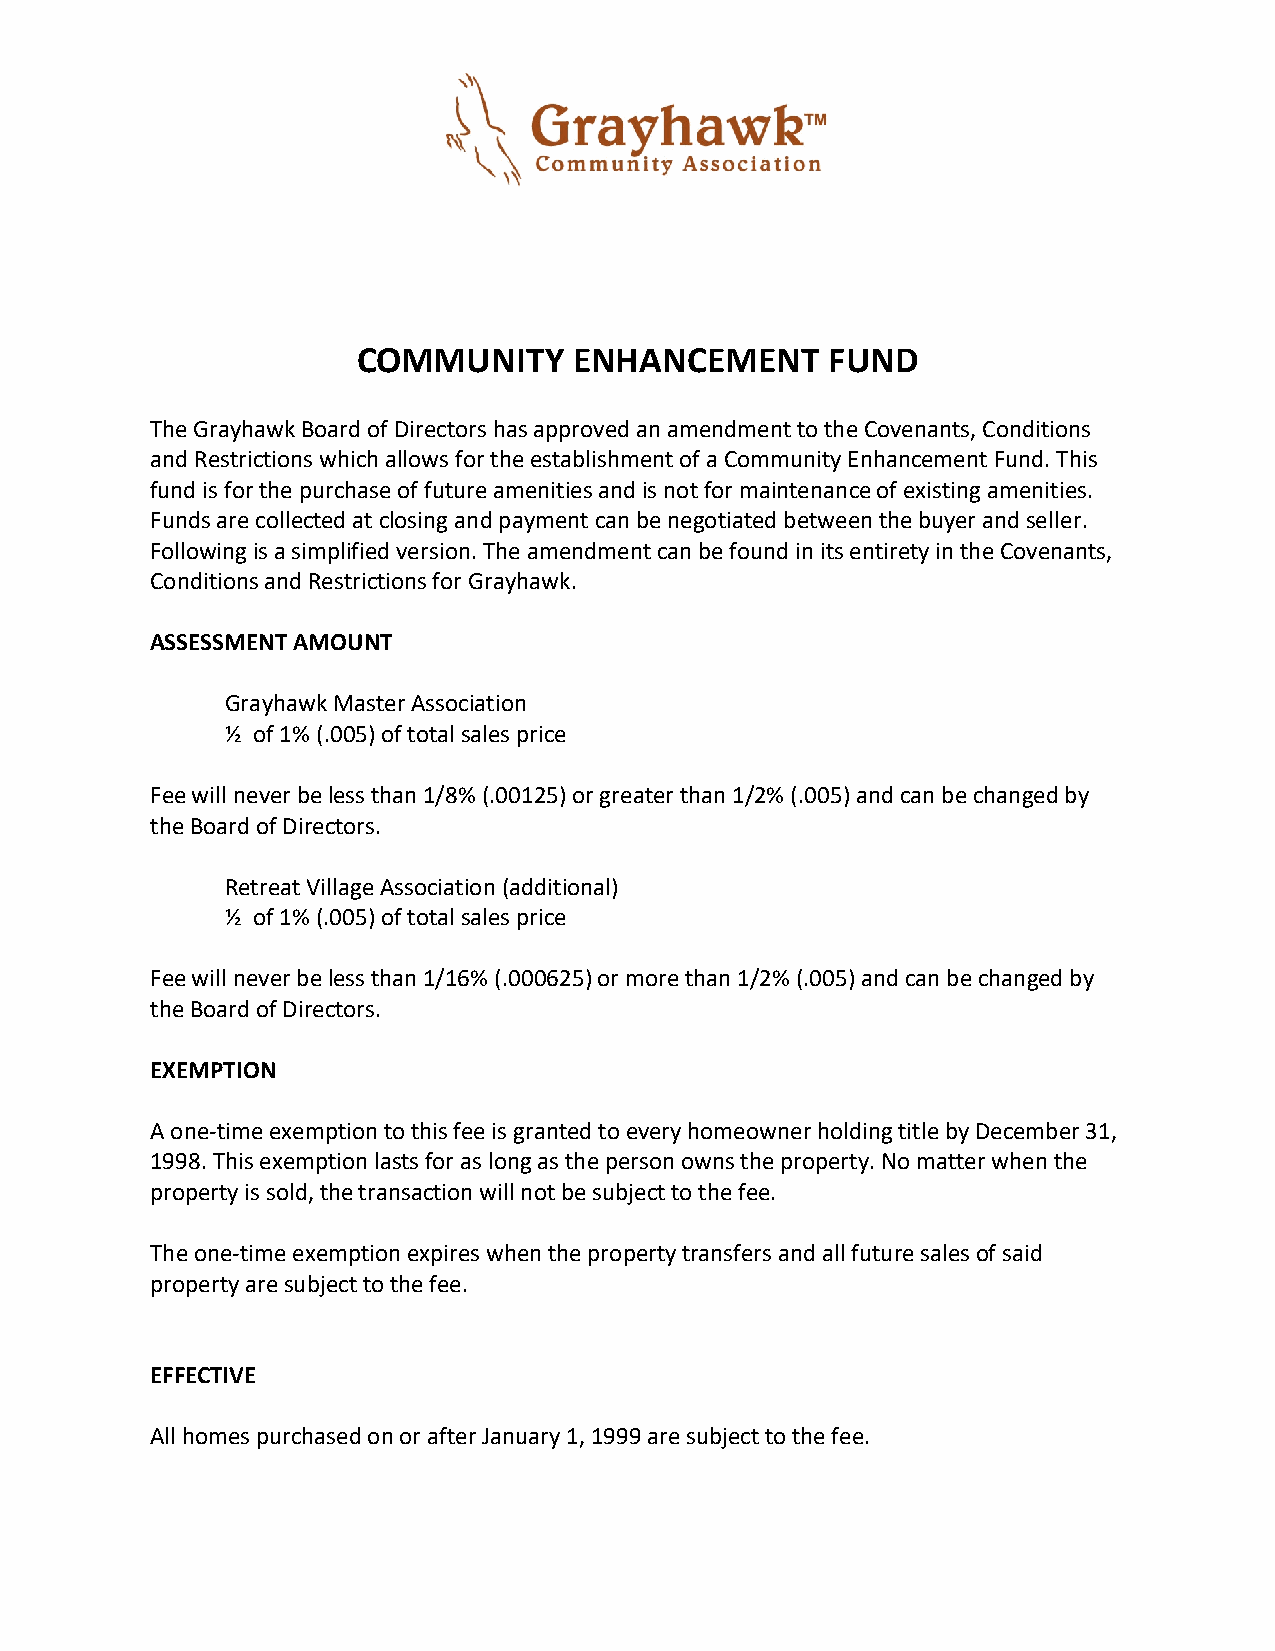
COMMUNITY     ENHANCEMENT      FUND
 The Grayhawk Board of Directors has approved an amendment to the Covenants, Conditions
 and Restrictions which allows for the establishment of a Community Enhancement Fund. This
 fund is for the purchase of future amenities and is not for maintenance of existing amenities.
 Funds are collected at closing and payment can be negotiated between the buyer and seller.
 Following is a simplified version. The amendment can be found in its entirety in the Covenants,
 Conditions and Restrictions for Grayhawk.
 ASSESSMENT AMOUNT
 Grayhawk Master Association
 ½ of 1% (.005) of total sales price
 Fee will never be less than 1/8% (.00125) or greater than 1/2% (.005) and can be changed by
 the Board of Directors.
 Retreat Village Association (additional)
 ½ of 1% (.005) of total sales price
 Fee will never be less than 1/16% (.000625) or more than 1/2% (.005) and can be changed by
 the Board of Directors.
 EXEMPTION
 A one-time exemption to this fee is granted to every homeowner holding title by December 31,
 1998. This exemption lasts for as long as the person owns the property. No matter when the
 property is sold, the transaction will not be subject to the fee.
 The one-time exemption expires when the property transfers and all future sales of said
 property are subject to the fee.
 EFFECTIVE
 All homes purchased on or after January 1, 1999 are subject to the fee.